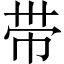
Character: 带